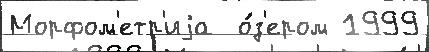
Морфом'етр'иjа  о́з'ером 1999